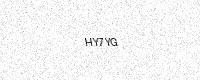
Text: HY7YG